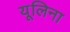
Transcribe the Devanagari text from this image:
यूलिना